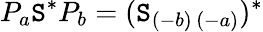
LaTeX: P_{a}\mathtt{S}^{\ast}P_{b}=(\mathtt{S}_{(-b)\, (-a)})^{\ast}